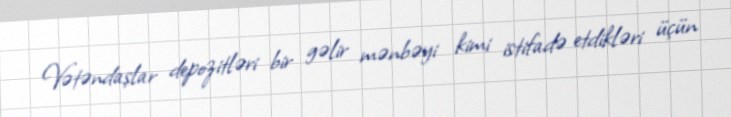
Vətəndaşlar depozitləri bir gəlir mənbəyi kimi istifadə etdikləri üçün